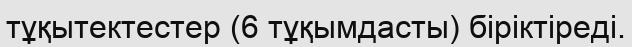
тұқытектестер (6 тұқымдасты) біріктіреді.